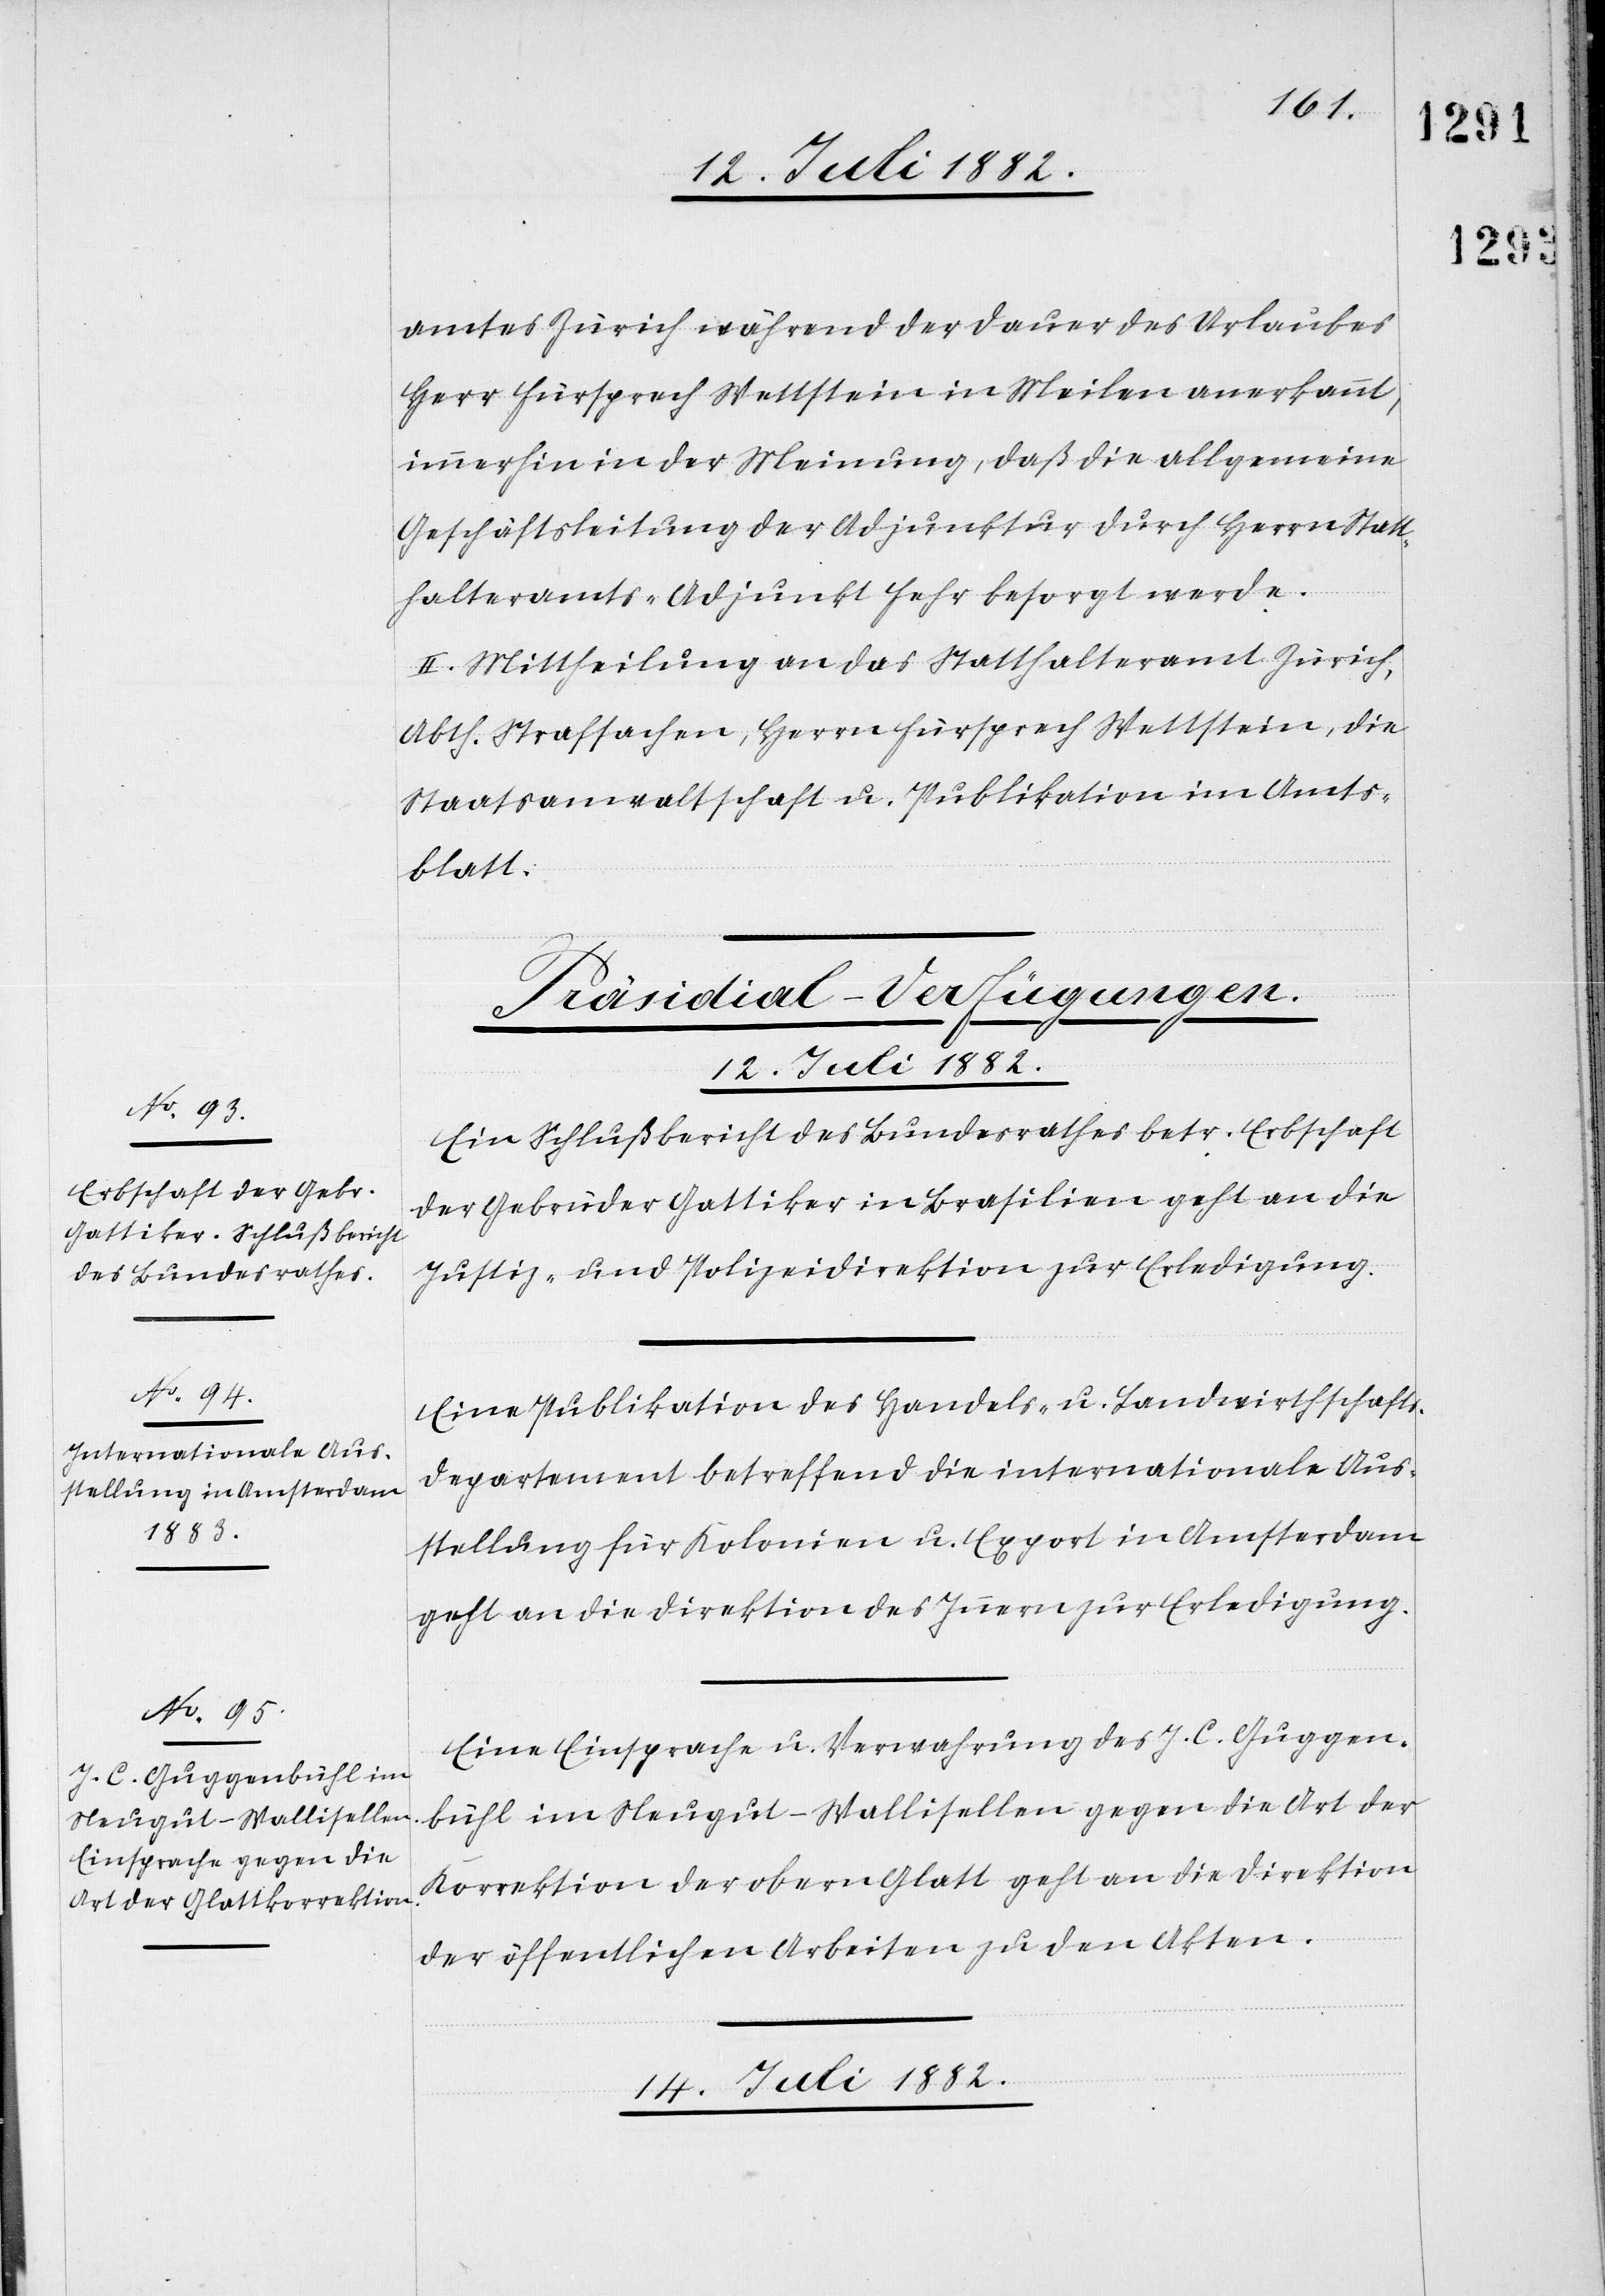
amtes Zürich während der Dauer des Urlaubes
Herr Fürsprech Wettstein in Meilen anerkannt,
immerhin in der Meinung, daß die allgemeine
Geschäftsleitung der Adjunkte durch Herrn Statt¬
halteramts-Adjunkt Fehr besorgt werde.
II. Mittheilung an das Statthalteramt Zürich,
Abth. Strafsachen, Herrn Fürsprech Wettstein, die
Staatsanwaltschaft u. Publikation im Amts¬
blatt.
[Präsidial-Verfügungen.]
14. Juli 1882.
Ein Schlußbericht der Bundesrathes betr. Erbschaft
der Gebrüder Gattiker in Brasilien geht an die
Justiz- & Polizeidirektion zur Erledigung.
Eine Publikation des Handels- u. Landwirthschafts¬
departement betreffend die internationale Aus¬
stellung für Kolonien u. Export in Amsterdam
geht an die Direktion des Innern zur Erledigung.
Eine Einsprache u. Verwahrung des J. C. Guggen¬
bühl im Neugut - Wallisellen gegen die Art der
Korrektion der obern Glatt geht an die Direktion
der öffentlichen Arbeiten zu den Akten.